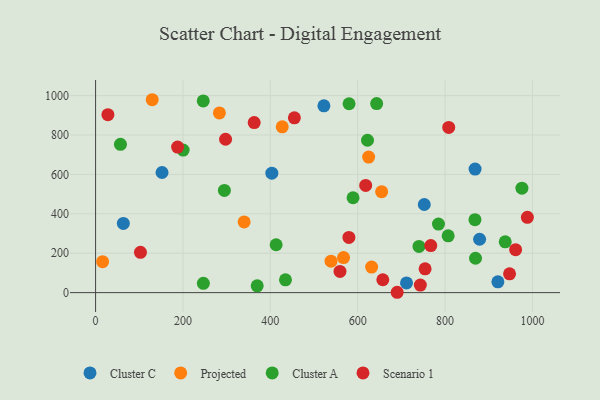
{"axis": {"x": "Distance", "y": "Demand"}, "legend": ["Cluster A", "Cluster C", "Projected", "Scenario 1"], "data": [{"x": "403.4", "y": 606.2, "type": "Cluster C"}, {"x": "63.5", "y": 351.3, "type": "Cluster C"}, {"x": "878.9", "y": 270.9, "type": "Cluster C"}, {"x": "868.6", "y": 626.9, "type": "Cluster C"}, {"x": "752.3", "y": 447.2, "type": "Cluster C"}, {"x": "711.7", "y": 49.1, "type": "Cluster C"}, {"x": "920.8", "y": 54.7, "type": "Cluster C"}, {"x": "152.1", "y": 609.6, "type": "Cluster C"}, {"x": "522.6", "y": 948.0, "type": "Cluster C"}, {"x": "283.4", "y": 911.9, "type": "Projected"}, {"x": "631.8", "y": 129.7, "type": "Projected"}, {"x": "129.6", "y": 979.1, "type": "Projected"}, {"x": "654.7", "y": 512.4, "type": "Projected"}, {"x": "538.9", "y": 159.6, "type": "Projected"}, {"x": "340.0", "y": 359.0, "type": "Projected"}, {"x": "427.2", "y": 841.3, "type": "Projected"}, {"x": "625.0", "y": 688.2, "type": "Projected"}, {"x": "567.5", "y": 178.1, "type": "Projected"}, {"x": "16.1", "y": 157.2, "type": "Projected"}, {"x": "975.8", "y": 530.2, "type": "Cluster A"}, {"x": "246.7", "y": 47.1, "type": "Cluster A"}, {"x": "740.2", "y": 234.5, "type": "Cluster A"}, {"x": "369.9", "y": 34.6, "type": "Cluster A"}, {"x": "413.2", "y": 242.9, "type": "Cluster A"}, {"x": "294.8", "y": 518.7, "type": "Cluster A"}, {"x": "937.6", "y": 258.1, "type": "Cluster A"}, {"x": "246.4", "y": 973.1, "type": "Cluster A"}, {"x": "784.8", "y": 347.9, "type": "Cluster A"}, {"x": "622.4", "y": 773.5, "type": "Cluster A"}, {"x": "807.0", "y": 288.2, "type": "Cluster A"}, {"x": "434.6", "y": 65.1, "type": "Cluster A"}, {"x": "643.3", "y": 959.4, "type": "Cluster A"}, {"x": "589.3", "y": 481.5, "type": "Cluster A"}, {"x": "56.9", "y": 752.9, "type": "Cluster A"}, {"x": "869.6", "y": 174.6, "type": "Cluster A"}, {"x": "200.4", "y": 723.3, "type": "Cluster A"}, {"x": "580.2", "y": 958.6, "type": "Cluster A"}, {"x": "868.3", "y": 370.1, "type": "Cluster A"}, {"x": "297.5", "y": 778.6, "type": "Scenario 1"}, {"x": "102.7", "y": 204.7, "type": "Scenario 1"}, {"x": "947.5", "y": 95.2, "type": "Scenario 1"}, {"x": "559.4", "y": 107.4, "type": "Scenario 1"}, {"x": "455.0", "y": 887.1, "type": "Scenario 1"}, {"x": "579.8", "y": 280.3, "type": "Scenario 1"}, {"x": "754.2", "y": 120.7, "type": "Scenario 1"}, {"x": "690.3", "y": 1.8, "type": "Scenario 1"}, {"x": "808.3", "y": 838.7, "type": "Scenario 1"}, {"x": "28.2", "y": 903.0, "type": "Scenario 1"}, {"x": "618.2", "y": 544.1, "type": "Scenario 1"}, {"x": "743.3", "y": 38.2, "type": "Scenario 1"}, {"x": "988.3", "y": 382.4, "type": "Scenario 1"}, {"x": "187.7", "y": 738.9, "type": "Scenario 1"}, {"x": "961.4", "y": 218.0, "type": "Scenario 1"}, {"x": "657.4", "y": 65.4, "type": "Scenario 1"}, {"x": "363.0", "y": 863.2, "type": "Scenario 1"}, {"x": "767.2", "y": 239.0, "type": "Scenario 1"}]}